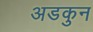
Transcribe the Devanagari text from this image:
अडकुन